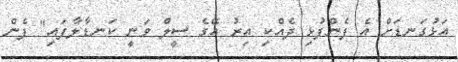
އަޅުގަނޑަށް އެ ފެންފުޅި ދެއްކި އިރު އޭގެ ސީލް ވަނީ ކަނޑާލާފައި" ފެން